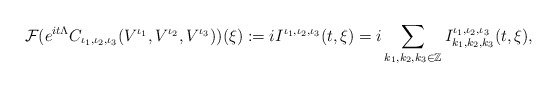
\begin{align*} \mathcal{F}(e^{ i t \Lambda}C_{\iota_1, \iota_2, \iota_3}(V^{\iota_{1}}, V^{\iota_{2}}, V^{\iota_{3}})) (\xi):=iI^{\iota_1,\iota_2,\iota_3}( t,\xi) = i\sum_{ k_{1}, k_{2}, k_{3}\in \mathbb{Z}} I^{\iota_1,\iota_2,\iota_3}_{k_{1}, k_{2}, k_{3}}( t,\xi) ,\end{align*}